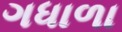
ગધાળા